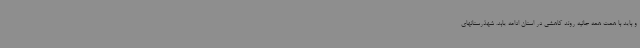
و باید با همت همه جانبه روند کاهشی در استان ادامه یابد. شهذرستانهای